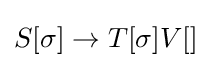
S[\sigma ]\to T[\sigma ]V[]